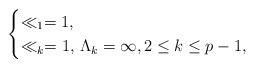
LaTeX: \begin{align*}\begin{cases}\ll_1=1,\\ \ll_k=1,\,\Lambda_k=\infty,2\le k\le p-1,\end{cases}\end{align*}